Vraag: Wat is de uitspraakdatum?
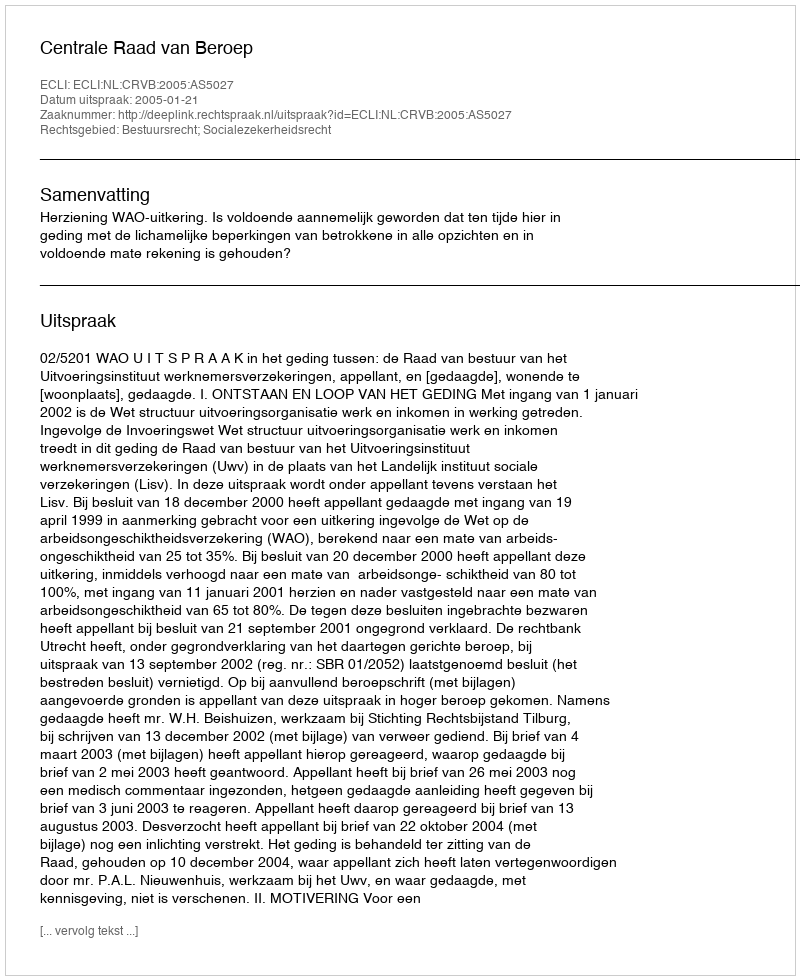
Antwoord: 2005-01-21